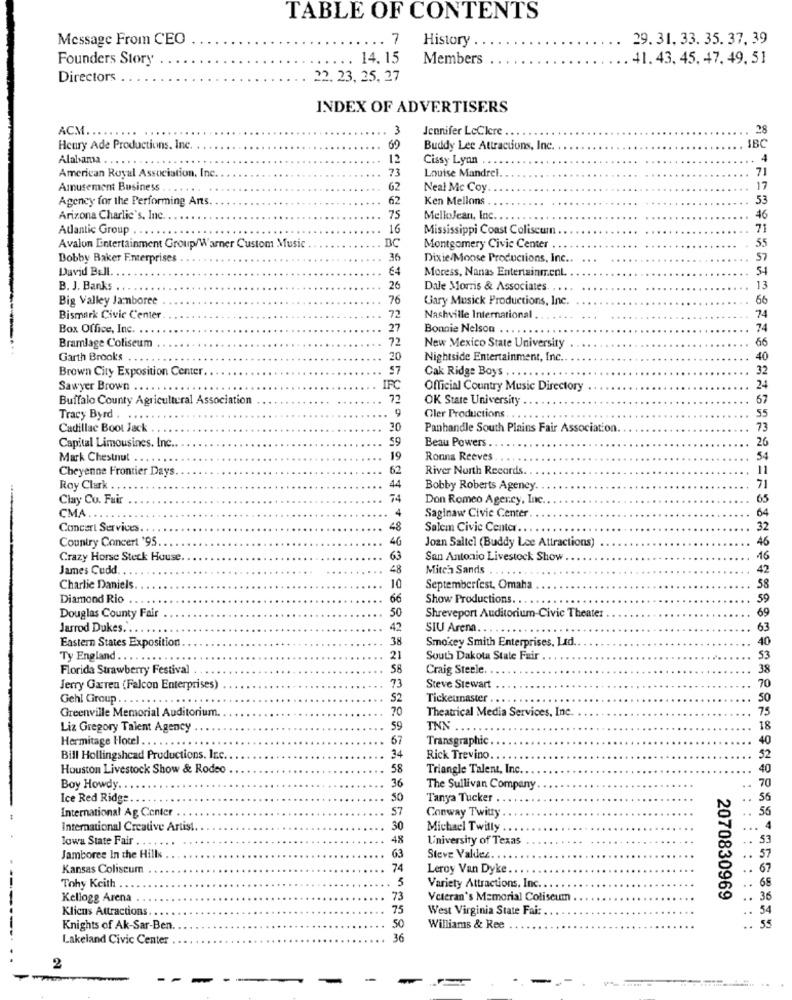
TABLE OF CONTENTS
Message From CEO
.. 7
History
29. 31. 33. 35. 37.39
Founders Story
14.15
Members
41.43, 45. 47. 49. 51
Directors.
22. 23, 25, 27
INDEX OF ADVERTISERS
3
Jennifer LeClere ..
28
ACM ........
Henry Ade Productions. Inc.
62
Buddy Lee Attractions, Inc.
SBC
Alabama ...
12
Cissy Lyan ..
4
73
Louise Mandrel
71
American Royal Association, Inc.
Amusement Business
..... .
62
Neal Mc Coy.
17
Agency for the Performing Arts.
62
Ken Mellons
53
Arizona Charlie's, Inc. ..
75
MelloJean, Inc. . .
46
Atlantic Group . . . .
16
Mississippi Coast Coliseum.
71
BC
55
Avalon Entertainment Group/Warner Custom Music
Montgomery Civic Center
Bobby Baker Enterprises
36
Dixie Moose Productions, Inc .. .. .
57
David Ball.
64
Moress, Nanas Entertainment.
5-4
B. J. Banks .
26
Dale Morris & Associates. .. ..
13
Big Valley Jamboree
76
Gary Musick Productions, Inc.
72
74
Bismark Civic Center
Nashville International
Box Office, Inc.
27
Bonnie Nelson ....
74
Bramlage Coliseum
72
66
New Mexico State University
Garth Brooks
20
Nightside Entertainment, Inc.
40
Brown City Exposition Center.
57
Cak Ridge Boys ..
32
24
Sawyer Brown ..
IPC
Official Country Music Directory
Buffalo County Agricultural Association
72
OK State University
67
55
Tracy Byrd . ....
Cler Productions. . .
Cadillac Boot Jack . .
10
Panhandle South Plains Fair Association.
73
Capital Limousines, Inc.
Beau Powers .
26
Mark Chestnut
Ronna Reeves
54
Cheyenne Frontier Days.
62
River North Records.
11
Roy Clark .
44
Bobby Roberts Agency.
71
Clay Co. Fuir
Don Romeo Agency, Inc.
65
4
Saginaw Civic Center
64
CMA ..
Concert Services.
48
Salem Civic Center .. .
32
Country Concert '95
46
Joan Saltel (Buddy Lee Attractions)
46
Crazy Horse Steck House
63
San Antonio Livestock Show
16
James Cudd ..
Mitch Sands . . .
42
Charlie Daniels
10
Septemberfest, Omaha
58
Diamond Rio
66
Show Productions.
59
50
69
Douglas County Fair
Shreveport Auditorium-Civic Theater
Jarrod Dukes. ..
42
SIU Arena.
63
Eastern States Exposition
38
Smokey Smith Enterprises, Led.
40
Ty England . .
21
South Dakota State Fair
53
Florida Strawberry Festival .
58
Craig Steele. .
38
73
70
Jerry Garen (Falcon Enterprises)
Steve Stewart
Gehl Group . ..
52
Tickeunaster . ..
50
Greenville Memorial Auditorium.
70
Theatrical Media Services, Inc.
75
Liz Gregory Talent Agency
59
TNX
18
Hermitage Hotel .
67
Transgraphic.
40
Bill Hollingshead Productions. In.c.
34
Rick Trevino ..
Houston Livestock Show & Rodeo
58
Triangle Talent, Inc ..
36
Boy Howdy.
The Sullivan Company
Ice Red Ridge ..
50
Tanya Tucker .
57
International Ag Center .
Conway Twitty
International Creative Artist.
..
30
Michael Twitly
Jowa State Fair
48
University of Texas
63
Jamboree In the Hills .
Steve Valdez ..
Kansas Coliseum
74
Leroy Van Dyke ..
5
68
Tohy Keith ..
Variety Attractions, Inc. . .
Kellogg Arena
73
Veteran's Memorial Coliseum
2070830969
36
Kliens Attractions. .
75
West Virginia State Fair
55
Knights of Ak-Sar-Ben.
50
Williams & Ree
:: : :: :
Lakeland Civic Center
36
2